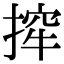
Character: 㨓